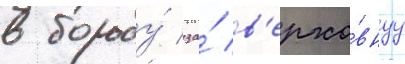
в борьбу́ за́ в'ерхо́внуу